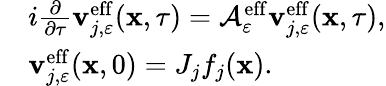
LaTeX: \begin{array}{rl}&{i\frac{\partial}{\partial\tau}\mathbf{v}_{j,\varepsilon}^{\mathrm{eff}}(\mathbf{x},\tau)=\mathcal{A}_{\varepsilon}^{\mathrm{eff}}\mathbf{v}_{j,\varepsilon}^{\mathrm{eff}}(\mathbf{x},\tau),}\\ &{\mathbf{v}_{j,\varepsilon}^{\mathrm{eff}}(\mathbf{x},0)=J_{j}f_{j}(\mathbf{x}).}\end{array}